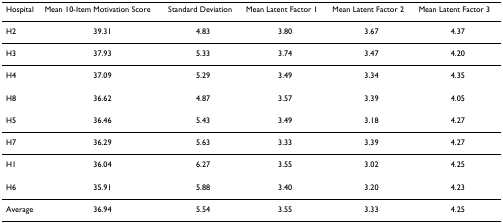
<table><thead><tr><td><b>Hospital</b></td><td><b>Mean 10-Item Motivation Score</b></td><td><b>Standard Deviation</b></td><td><b>Mean Latent Factor 1</b></td><td><b>Mean Latent Factor 2</b></td><td><b>Mean Latent Factor 3</b></td></tr></thead><tbody><tr><td>H2</td><td>39.31</td><td>4.83</td><td>3.80</td><td>3.67</td><td>4.37</td></tr><tr><td>H3</td><td>37.93</td><td>5.33</td><td>3.74</td><td>3.47</td><td>4.20</td></tr><tr><td>H4</td><td>37.09</td><td>5.29</td><td>3.49</td><td>3.34</td><td>4.35</td></tr><tr><td>H8</td><td>36.62</td><td>4.87</td><td>3.57</td><td>3.39</td><td>4.05</td></tr><tr><td>H5</td><td>36.46</td><td>5.43</td><td>3.49</td><td>3.18</td><td>4.27</td></tr><tr><td>H7</td><td>36.29</td><td>5.63</td><td>3.33</td><td>3.39</td><td>4.27</td></tr><tr><td>H1</td><td>36.04</td><td>6.27</td><td>3.55</td><td>3.02</td><td>4.25</td></tr><tr><td>H6</td><td>35.91</td><td>5.88</td><td>3.40</td><td>3.20</td><td>4.23</td></tr><tr><td>Average</td><td>36.94</td><td>5.54</td><td>3.55</td><td>3.33</td><td>4.25</td></tr></tbody></table>